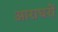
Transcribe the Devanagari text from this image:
आराघरों